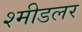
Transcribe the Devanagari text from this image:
श्मीडलर